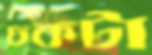
চকটা